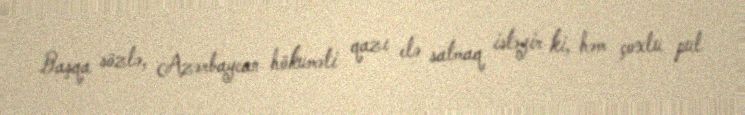
Başqa sözlə, Azərbaycan hökuməti qazı elə satmaq istəyir ki, həm çoxlu pul